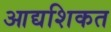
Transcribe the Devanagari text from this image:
आद्यशिकत